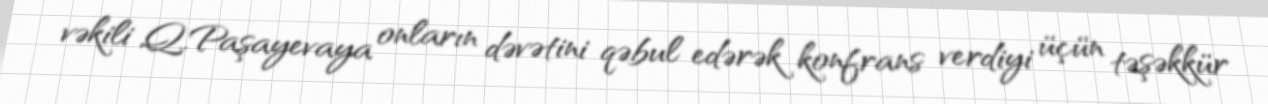
vəkili Q.Paşayevaya onların dəvətini qəbul edərək konfrans verdiyi üçün təşəkkür